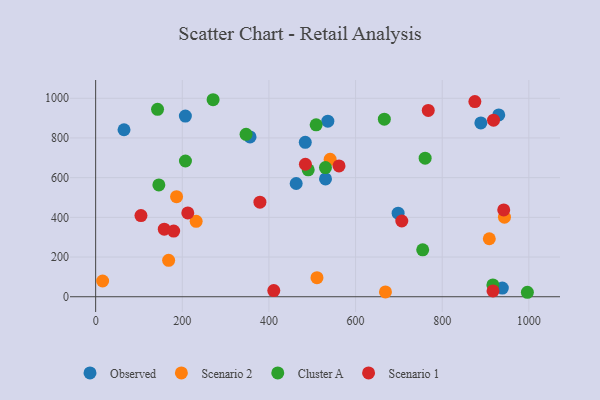
{"axis": {"x": "Price", "y": "Fuel Efficiency"}, "legend": ["Cluster A", "Observed", "Scenario 1", "Scenario 2"], "data": [{"x": "698.2", "y": 420.9, "type": "Observed"}, {"x": "207.1", "y": 910.2, "type": "Observed"}, {"x": "65.5", "y": 841.3, "type": "Observed"}, {"x": "930.5", "y": 915.9, "type": "Observed"}, {"x": "536.0", "y": 884.6, "type": "Observed"}, {"x": "889.2", "y": 875.6, "type": "Observed"}, {"x": "356.4", "y": 805.1, "type": "Observed"}, {"x": "462.9", "y": 570.5, "type": "Observed"}, {"x": "938.8", "y": 43.9, "type": "Observed"}, {"x": "483.9", "y": 778.1, "type": "Observed"}, {"x": "530.6", "y": 593.4, "type": "Observed"}, {"x": "186.8", "y": 504.0, "type": "Scenario 2"}, {"x": "510.9", "y": 96.3, "type": "Scenario 2"}, {"x": "232.0", "y": 380.2, "type": "Scenario 2"}, {"x": "908.7", "y": 292.2, "type": "Scenario 2"}, {"x": "168.5", "y": 183.6, "type": "Scenario 2"}, {"x": "669.0", "y": 24.2, "type": "Scenario 2"}, {"x": "943.7", "y": 401.0, "type": "Scenario 2"}, {"x": "16.1", "y": 79.4, "type": "Scenario 2"}, {"x": "541.3", "y": 692.5, "type": "Scenario 2"}, {"x": "755.0", "y": 236.5, "type": "Cluster A"}, {"x": "347.2", "y": 818.2, "type": "Cluster A"}, {"x": "145.9", "y": 563.1, "type": "Cluster A"}, {"x": "996.6", "y": 22.5, "type": "Cluster A"}, {"x": "530.5", "y": 650.7, "type": "Cluster A"}, {"x": "207.3", "y": 684.0, "type": "Cluster A"}, {"x": "490.7", "y": 639.2, "type": "Cluster A"}, {"x": "142.9", "y": 944.2, "type": "Cluster A"}, {"x": "271.1", "y": 992.6, "type": "Cluster A"}, {"x": "760.6", "y": 698.3, "type": "Cluster A"}, {"x": "509.0", "y": 866.1, "type": "Cluster A"}, {"x": "666.4", "y": 894.5, "type": "Cluster A"}, {"x": "917.0", "y": 59.6, "type": "Cluster A"}, {"x": "411.2", "y": 31.0, "type": "Scenario 1"}, {"x": "917.3", "y": 29.5, "type": "Scenario 1"}, {"x": "158.4", "y": 340.3, "type": "Scenario 1"}, {"x": "484.2", "y": 667.5, "type": "Scenario 1"}, {"x": "942.0", "y": 437.3, "type": "Scenario 1"}, {"x": "379.2", "y": 476.3, "type": "Scenario 1"}, {"x": "212.7", "y": 422.4, "type": "Scenario 1"}, {"x": "875.4", "y": 983.4, "type": "Scenario 1"}, {"x": "180.1", "y": 330.8, "type": "Scenario 1"}, {"x": "706.7", "y": 381.6, "type": "Scenario 1"}, {"x": "561.8", "y": 659.0, "type": "Scenario 1"}, {"x": "104.6", "y": 409.0, "type": "Scenario 1"}, {"x": "918.5", "y": 889.5, "type": "Scenario 1"}, {"x": "767.8", "y": 938.5, "type": "Scenario 1"}]}